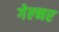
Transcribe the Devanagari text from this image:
गेल्नर